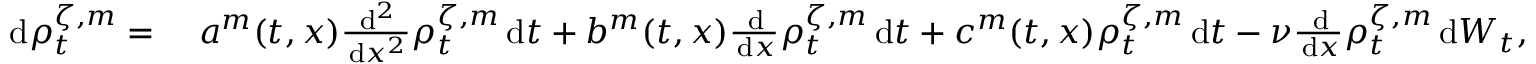
\begin{array} { r l } { \, \mathrm { d } \rho _ { t } ^ { \zeta , m } = } & { \; a ^ { m } ( t , x ) \frac { \, \mathrm { d } ^ { 2 } } { \, \mathrm { d } x ^ { 2 } } \rho _ { t } ^ { \zeta , m } \, \mathrm { d } t + b ^ { m } ( t , x ) \frac { \, \mathrm { d } } { \, \mathrm { d } x } \rho _ { t } ^ { \zeta , m } \, \mathrm { d } t + c ^ { m } ( t , x ) \rho _ { t } ^ { \zeta , m } \, \mathrm { d } t - \nu \frac { \, \mathrm { d } } { \, \mathrm { d } x } \rho _ { t } ^ { \zeta , m } \, \mathrm { d } W _ { t } , } \end{array}